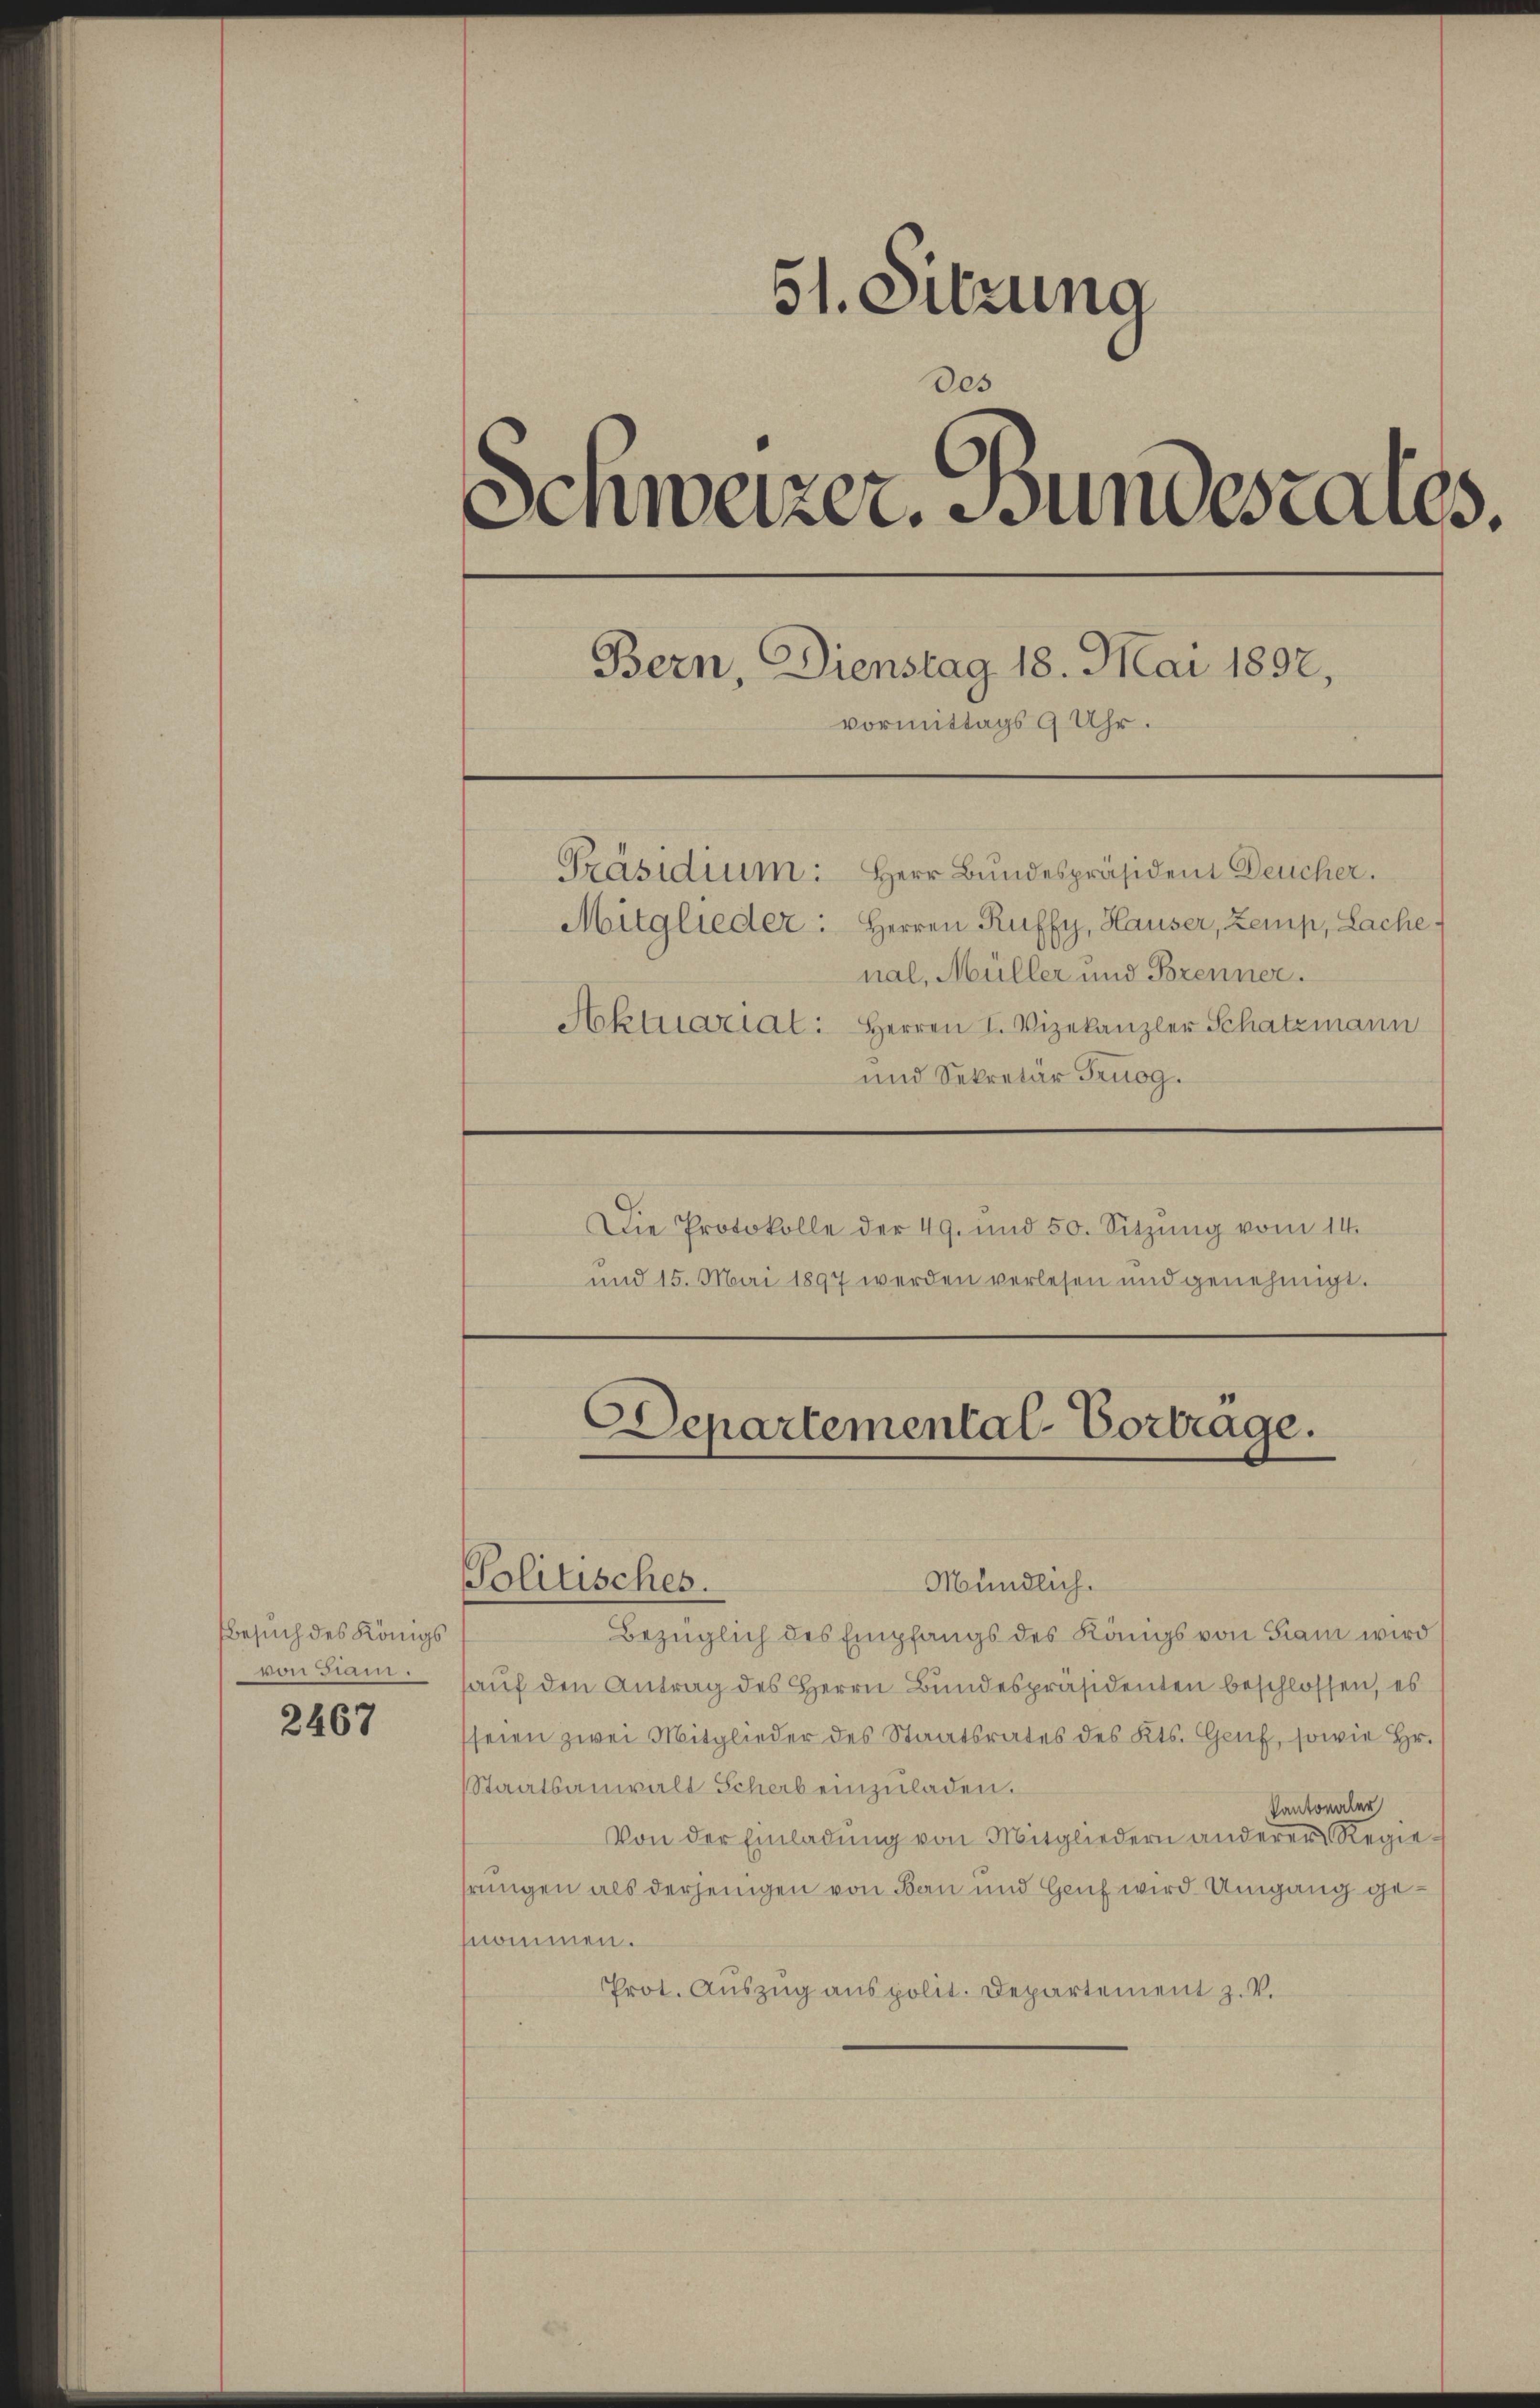
Besuch des Königs
den Diam

2467

51. Sitzung
des
Schweizer. Bundesrates.
Bern, Dienstag 18. Mai 1892,
vormittags 9 Uhr.
Präsidium: Herr Bundespräsident Deucher.
Mitglieder: Herren Ruffy, Hauser, Zemp, Lache
nal, Müller und Brenner.
Aktuarial: Herren I. Vizekanzler Schatzmann
und Sekretär Truog.
Die Protokolle der 49. und 50. Sitzŭng vom 14.
und 15. Mai 1897 werden verlesen und genehmigt.

Politisches.

Departemental-Vortrage.

Mündlich.
Bezüglich des Empfangs des Königs von Giani wird
hauf den Antrag des Herrn Bundespräsidenten beschlossen, es
(seien zwei Mitglieder des Staatsrates des Kts. Genf, sowie Hr.
Staatsanwalt Scheb einzŭladen.
Kantonaler
Von der Einladŭng von Mitgliedern anderer Regiehrungen als derjenigen von Bau und Genf wird Umgang genommen.
Prot. Auszug aus polit. Departement z. V.